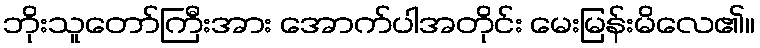
ဘိုးသူတော်ကြီးအား အောက်ပါအတိုင်း မေးမြန်းမိလေ၏။